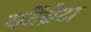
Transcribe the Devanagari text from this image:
वर्टेब्रेटा